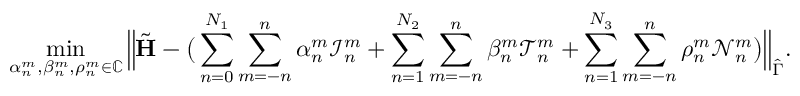
\operatorname* { m i n } _ { \alpha _ { n } ^ { m } , \beta _ { n } ^ { m } , \rho _ { n } ^ { m } \in \mathbb C } \Big \| \tilde { \mathbf { H } } - \big ( \sum _ { n = 0 } ^ { N _ { 1 } } \sum _ { m = - n } ^ { n } \alpha _ { n } ^ { m } \mathcal { I } _ { n } ^ { m } + \sum _ { n = 1 } ^ { N _ { 2 } } \sum _ { m = - n } ^ { n } \beta _ { n } ^ { m } \mathcal { T } _ { n } ^ { m } + \sum _ { n = 1 } ^ { N _ { 3 } } \sum _ { m = - n } ^ { n } \rho _ { n } ^ { m } \mathcal { N } _ { n } ^ { m } \big ) \Big \| _ { \hat { \Gamma } } .